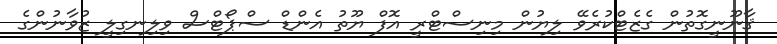
ޤާނޫނީގޮތުން ގެޒެޓްކުރެވޭ ލިޔުން މިނިސްޓްރީ އޮފް ޔޫތު އެންޑް ސްޕޯޓްސް ވިލިނގިލީ ޒުވާނުންގެ